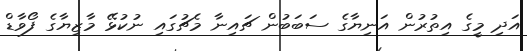
އަދި މީގެ އިތުރުން އަނިޔާގެ ސަބަބުން ޗައިނާ މެޗުގައި ނުކުޅޭ މާޒިޔާގެ ފޯވާޑް